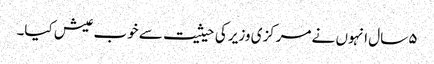
۵ سال انہوں نے مرکزی وزیر کی حیثیت سے خوب عیش کیا۔